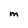
Character: M